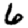
Digit: 6